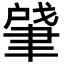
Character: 肈